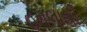
હૂમલાથી